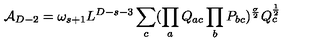
{ \cal A } _ { D - 2 } = \omega _ { s + 1 } L ^ { D - s - 3 } \sum _ { c } ( \prod _ { a } Q _ { a c } \prod _ { b } P _ { b c } ) ^ { \frac { \sigma } { 2 } } Q _ { c } ^ { \frac { 1 } { 2 } }